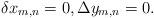
LaTeX: \begin{align*}\delta x_{m,n}=0,\Delta y_{m,n}=0.\end{align*}